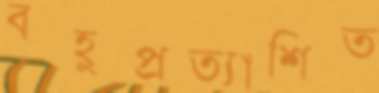
বহুপ্রত্যাশিত